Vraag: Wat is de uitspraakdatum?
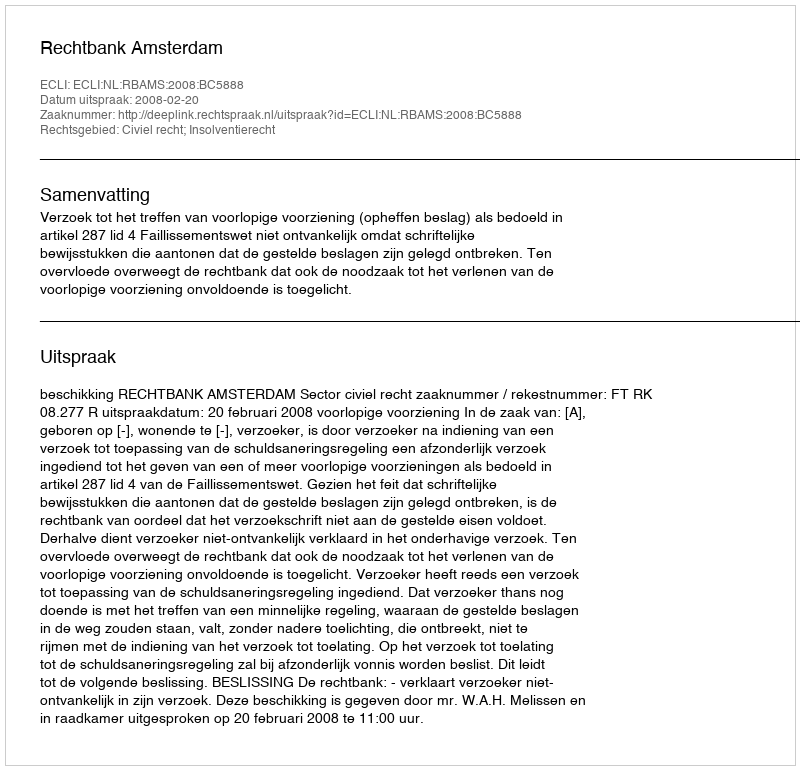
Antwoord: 2008-02-20